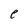
Character: e